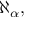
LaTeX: \aleph _ { \alpha } ,